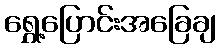
ရွှေ့ပြောင်းအခြေချ